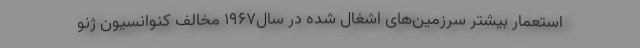
استعمار بیشتر سرزمین‌های اشغال شده در سال۱۹۶۷ مخالف کنوانسیون ژنو